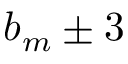
\boldsymbol { b } _ { m } \pm 3